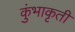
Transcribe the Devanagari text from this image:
कुंभाकृती